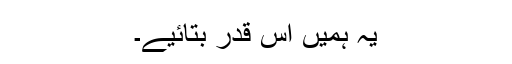
یہ ہمیں اس قدر بتائیے۔